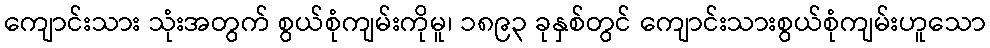
ကျောင်းသား သုံးအတွက် စွယ်စုံကျမ်းကိုမူ၊ ၁၈၉၃ ခုနှစ်တွင် ကျောင်းသားစွယ်စုံကျမ်းဟူသော